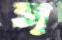
স্